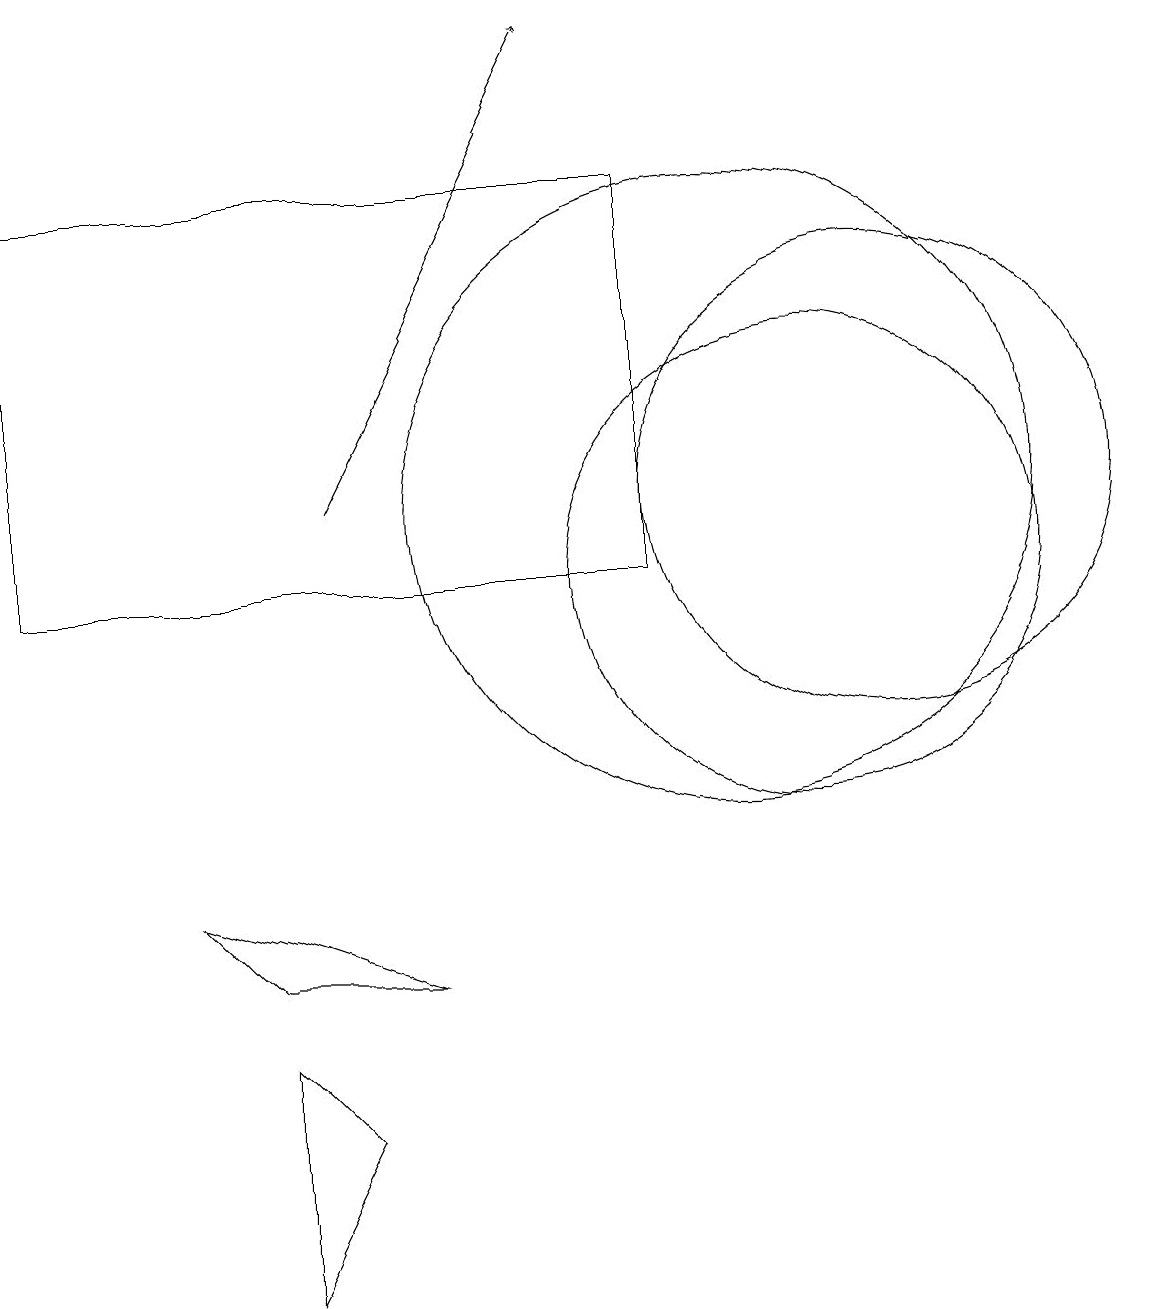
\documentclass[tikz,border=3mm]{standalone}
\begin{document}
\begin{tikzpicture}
\draw (9,10) rectangle (1,15);
\draw[->] (5,11) -- (8,17);
\draw (6,5) -- (3,6) -- (4,5) -- cycle;
\draw (12,11) circle (3);
\draw (4,4) -- (5,3) -- (4,1) -- cycle;
\draw (10,11) circle (4);
\draw (11,10) circle (3);
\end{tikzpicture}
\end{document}